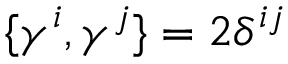
\{ \gamma ^ { i } , \gamma ^ { j } \} = 2 \delta ^ { i j }